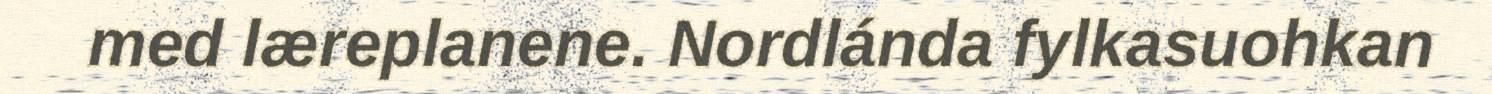
med læreplanene. Nordlánda fylkasuohkan